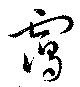
靄